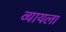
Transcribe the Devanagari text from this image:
व्यायला